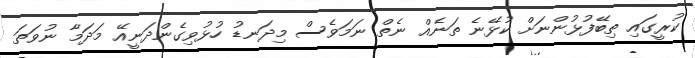
ކުރީގައި ތިބޭފުޅުންނަށް ކުޅޭނެ ތަނެއް ނެތް ނަމަވެސް މިދަނޑު ހުޅުވިގެންދަނީއޭ މަދަމާ ނުވަތަ